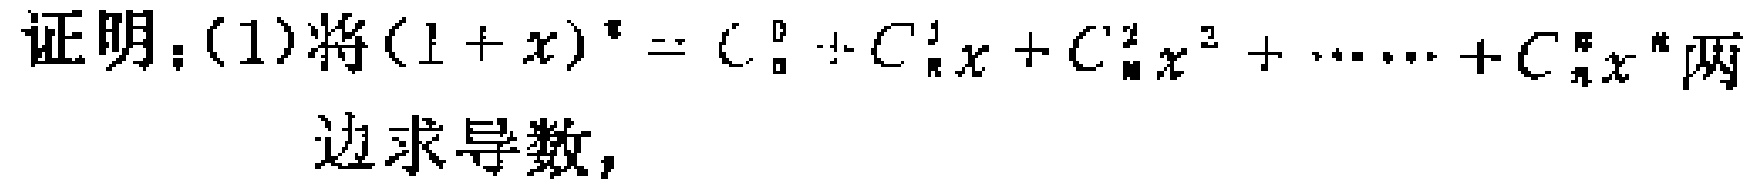
证明：(1)将\((1 + x)^n = C_{n}^{0}+C_{n}^{1}x + C_{n}^{2}x^{2}+\cdots + C_{n}^{n}x^{n}\)两边求导数，